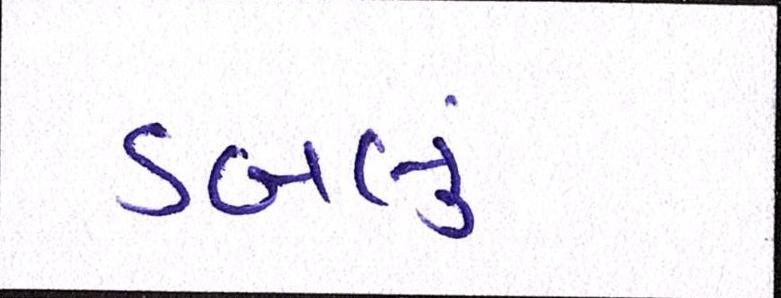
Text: ડબલું